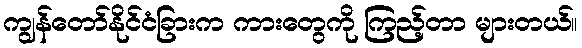
ကျွန်တော်နိုင်ငံခြားက ကားတွေကို ကြည့်တာ များတယ်။